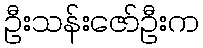
ဦးသန်းဇော်ဦးက